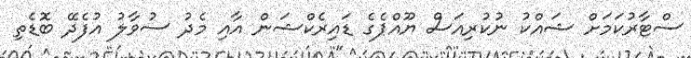
ސްޓާރުކަމަށް ޝައްކު ނުކުރިއަސް ޔޫއްޕެގެ ޑައިރެކްޝަން އާއި މެދު ސުވާލު އުފެދޭ ބޮޑެތި